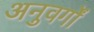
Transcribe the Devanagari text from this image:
अनुवर्गों